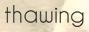
thawing